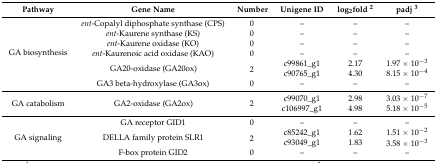
<table><thead><tr><td><b>Pathway</b></td><td><b>Gene Name</b></td><td><b>Number</b></td><td><b>Unigene ID</b></td><td><b>log<sub>2</sub>fold <sup>2</sup></b></td><td><b>padj <sup>3</sup></b></td></tr></thead><tbody><tr><td rowspan="7">GA biosynthesis</td><td><i>ent</i>-Copalyl diphosphate synthase (CPS)</td><td>0</td><td>–</td><td>–</td><td>–</td></tr><tr><td><i>ent</i>-Kaurene synthase (KS)</td><td>0</td><td>–</td><td>–</td><td>–</td></tr><tr><td><i>ent</i>-Kaurene oxidase (KO)</td><td>0</td><td>–</td><td>–</td><td>–</td></tr><tr><td><i>ent</i>-Kaurenoic acid oxidase (KAO)</td><td>0</td><td>–</td><td>–</td><td>–</td></tr><tr><td rowspan="2">GA20-oxidase (GA20ox)</td><td rowspan="2">2</td><td>c99861_g1</td><td>2.17</td><td>1.97 × 10<sup>−3</sup></td></tr><tr><td>c90765_g1</td><td>4.30</td><td>8.15 × 10<sup>−4</sup></td></tr><tr><td>GA3 beta-hydroxylase (GA3ox)</td><td>0</td><td>–</td><td>–</td><td>–</td></tr><tr><td rowspan="2">GA catabolism</td><td rowspan="2">GA2-oxidase (GA2ox)</td><td rowspan="2">2</td><td>c99070_g1</td><td>2.98</td><td>3.03 × 10<sup>−7</sup></td></tr><tr><td>c106997_g1</td><td>4.98</td><td>5.18 × 10<sup>−5</sup></td></tr><tr><td rowspan="4">GA signaling</td><td>GA receptor GID1</td><td>0</td><td>–</td><td>–</td><td>–</td></tr><tr><td rowspan="2">DELLA family protein SLR1</td><td rowspan="2">2</td><td>c85242_g1</td><td>1.62</td><td>1.51 × 10<sup>−2</sup></td></tr><tr><td>c93049_g1</td><td>1.83</td><td>3.58 × 10<sup>−3</sup></td></tr><tr><td>F-box protein GID2</td><td>0</td><td>–</td><td>–</td><td>–</td></tr></tbody></table>